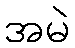
အမဲ